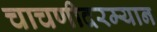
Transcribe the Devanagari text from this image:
चाचणीदरम्यान